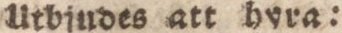
Utbjudes att hvra: